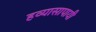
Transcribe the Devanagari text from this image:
हव्यासापायी